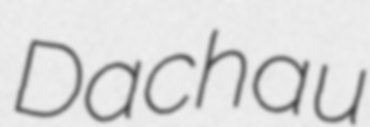
Dachau